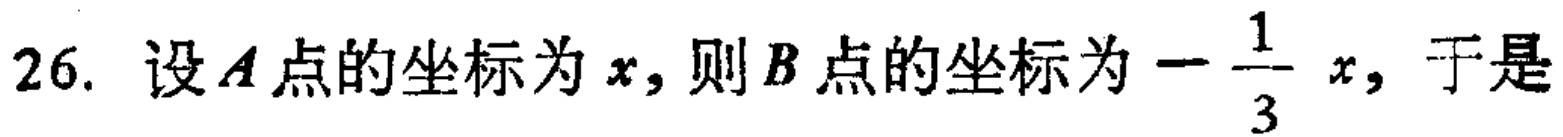
26. 设\(A\)点的坐标为\(x\)，则\(B\)点的坐标为\(-\frac{1}{3}x\)，于是